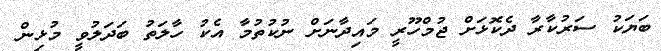
ބަޔަކު ސަރުކާރާ ދެކޮޅަށް ޖުމްހޫރީ މައިދާނަށް ނުކުތުމާ އެކު ހާލަތު ބަދަލުވީ މުޅިން